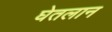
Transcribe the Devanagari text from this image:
घेतलान